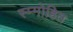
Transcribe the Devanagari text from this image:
स्म्मोहित